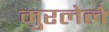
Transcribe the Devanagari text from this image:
मुरलेले